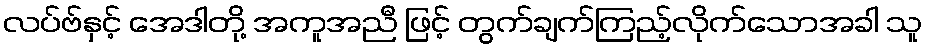
လပ်ဗ်နှင့် အေဒါတို့ အကူအညီ ဖြင့် တွက်ချက်ကြည့်လိုက်သောအခါ သူ